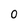
Character: 0